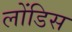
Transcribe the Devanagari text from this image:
लोंडिस